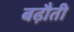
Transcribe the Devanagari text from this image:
बढ़ौती